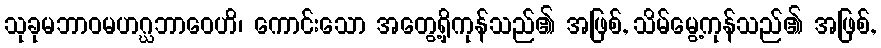
သုခုမဘာဝမဟဂ္ဃဘာဝေဟိ၊ ကောင်းသော အတွေ့ရှိကုန်သည်၏ အဖြစ်, သိမ်မွေ့ကုန်သည်၏ အဖြစ်,